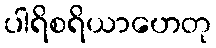
ပါရိစရိယာဟေတု